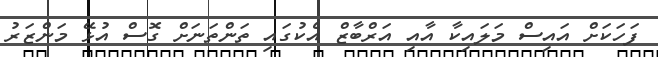
ފަހަކަށް އައިސް މަލައިކާ އާއި އަރްބާޒް އެކުގައި ތަންތަނަށް ގޮސް އުޅޭ މަންޒަރު